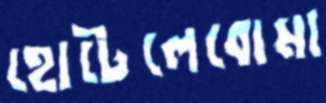
হোটেলেবোমা